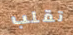
تقلب